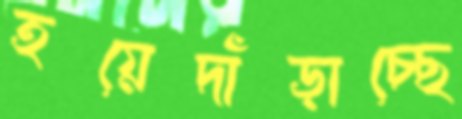
হয়েদাঁড়াচ্ছে